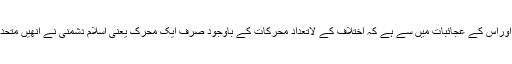
یہ زمانے کی نیرنگی اوراس کے عجائبات میں سے ہے کہ اختلاف کے لاتعداد محرکات کے باوجود صرف ایک محرک یعنی اِسلام دشمنی نے انھیں متحد اور متعاون بنادیا ہے۔